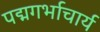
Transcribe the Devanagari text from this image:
पद्मगर्भाचार्य